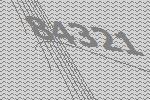
84321